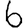
Digit: 6